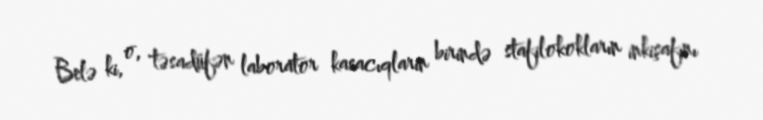
Belə ki, o, təsadüfən laborator kasacıqların birində stafilokokların inkişafını